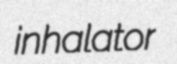
inhalator